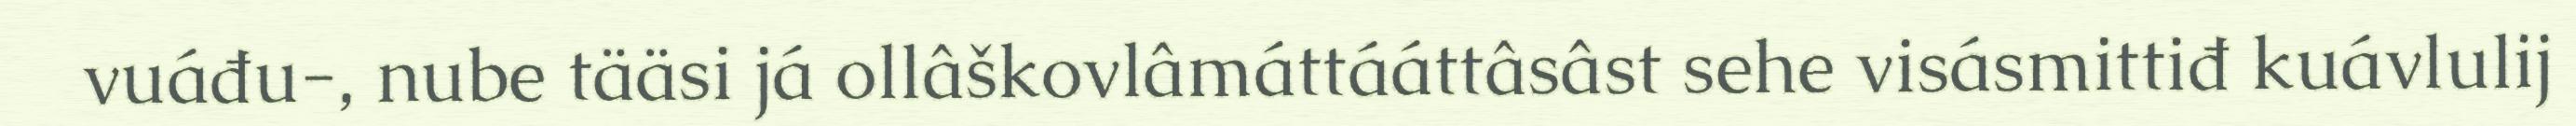
vuáđu-, nube tääsi já ollâškovlâmáttááttâsâst sehe visásmittiđ kuávlulij